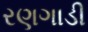
રણગાડી